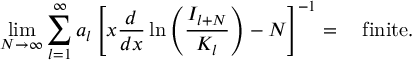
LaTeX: \operatorname * { l i m } _ { N \rightarrow \infty } \sum _ { l = 1 } ^ { \infty } a _ { l } \left[ x \displaystyle \frac { d } { d x } \ln \left( \displaystyle \frac { I _ { l + N } } { K _ { l } } \right) - N \right] ^ { - 1 } = \quad \mathrm { f i n i t e } .